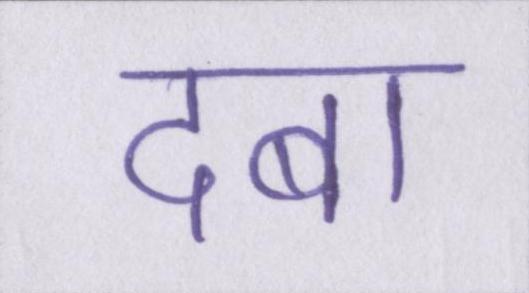
दबा